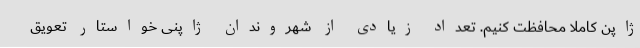
ژاپن کاملاً محافظت کنیم. تعداد زیادی از شهروندان ژاپنی خواستار تعویق